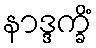
နာဒ္ဒက္ခိံ